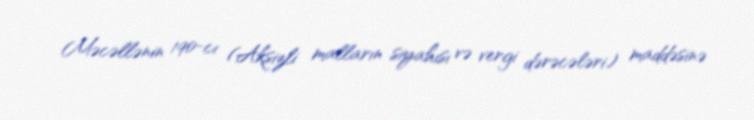
Məcəllənin 190-cı (Aksizli malların siyahısı və vergi dərəcələri) maddəsinə